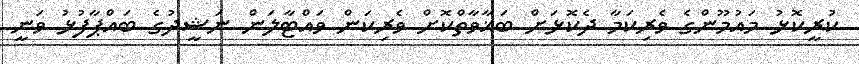
ކުރީކޮޅު މައުމޫންގެ ވެރިކަމާ ދެކޮޅަށް ބަޣާވާތްކޮށް ވެރިކަން ވައްޓާލަން ނަޝީދުގެ ބައްޕާފުޅު ވަނީ